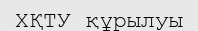
ХҚТУ құрылуы